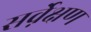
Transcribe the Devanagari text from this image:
सर्वे़क्षण